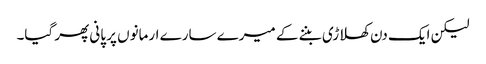
لیکن ایک دن کھلاڑی بننے کے میرے سارے ارمانوں پر پانی پھر گیا۔